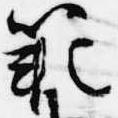
範